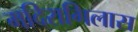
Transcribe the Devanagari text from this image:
मदिरागिलास